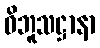
ဝိဘူသဋ္ဌာနာ